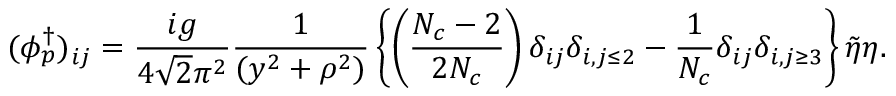
( \phi _ { p } ^ { \dagger } ) _ { i j } = \frac { i g } { 4 \sqrt { 2 } \pi ^ { 2 } } \frac { 1 } { ( y ^ { 2 } + \rho ^ { 2 } ) } \left\{ \left( \frac { N _ { c } - 2 } { 2 N _ { c } } \right) \delta _ { i j } \delta _ { i , j \leq 2 } - \frac { 1 } { N _ { c } } \delta _ { i j } \delta _ { i , j \geq 3 } \right\} \tilde { \eta } \eta .